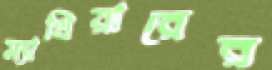
ম্যাথিয়ারের